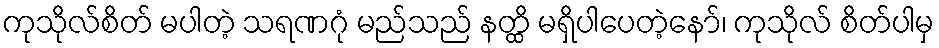
ကုသိုလ်စိတ် မပါတဲ့ သရဏဂုံ မည်သည် နတ္ထိ မရှိပါပေတဲ့နော်၊ ကုသိုလ် စိတ်ပါမှ